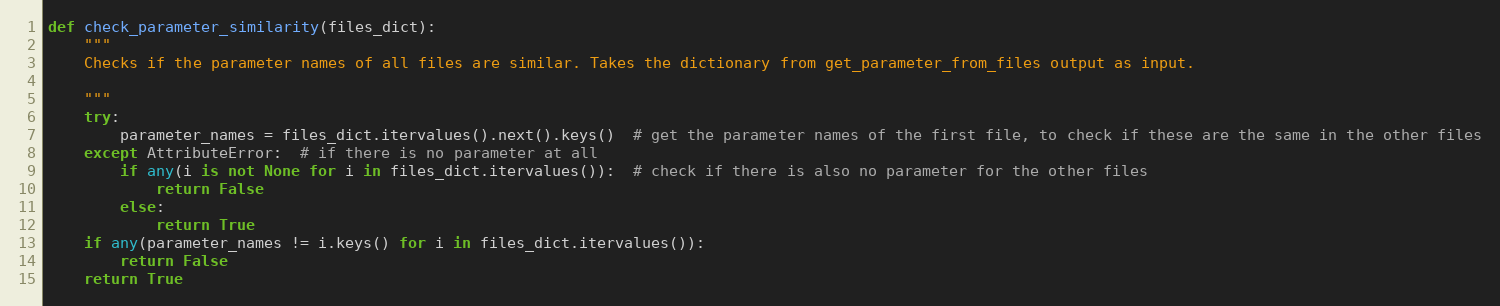
Language: Python
def check_parameter_similarity(files_dict):
    """
    Checks if the parameter names of all files are similar. Takes the dictionary from get_parameter_from_files output as input.

    """
    try:
        parameter_names = files_dict.itervalues().next().keys()  # get the parameter names of the first file, to check if these are the same in the other files
    except AttributeError:  # if there is no parameter at all
        if any(i is not None for i in files_dict.itervalues()):  # check if there is also no parameter for the other files
            return False
        else:
            return True
    if any(parameter_names != i.keys() for i in files_dict.itervalues()):
        return False
    return True